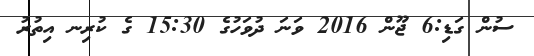
ސުން ގަޑި:6 ޖޫން 2016 ވަނަ ދުވަހުގެ 15:30 ގެ ކުރިނ އިތުރު